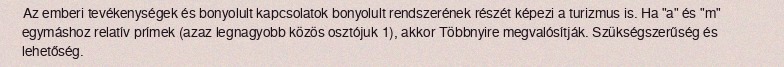
Az emberi tevékenységek és bonyolult kapcsolatok bonyolult rendszerének részét képezi a turizmus is. Ha "a" és "m" egymáshoz relatív prímek (azaz legnagyobb közös osztójuk 1), akkor Többnyire megvalósítják. Szükségszerűség és lehetőség.